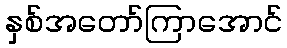
နှစ်အတော်ကြာအောင်